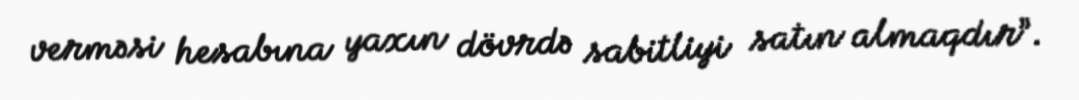
verməsi hesabına yaxın dövrdə sabitliyi satın almaqdır”.